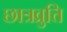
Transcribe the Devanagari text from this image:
छात्रव्रुत्ति